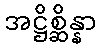
အဋ္ဌိစ္ဆိန္နာ